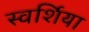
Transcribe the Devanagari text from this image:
स्वर्शिया